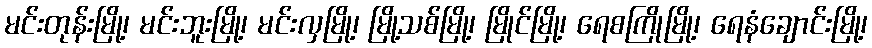
မင်းတုန်းမြို့၊ မင်းဘူးမြို့၊ မင်းလှမြို့၊ မြို့သစ်မြို့၊ မြိုင်မြို့၊ ရေစကြိုမြို့၊ ရေနံချောင်းမြို့၊